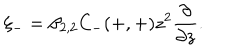
\xi _ { - } = \beta _ { 2 , 2 } C _ { - } ( + , + ) z ^ { 2 } \frac { \partial } { \partial z } .